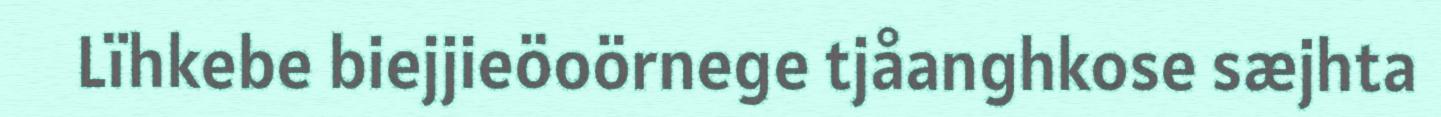
Lïhkebe biejjieöoörnege tjåanghkose sæjhta